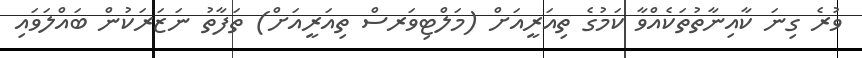
ވުރެ ގިނަ ކާއިނާތުތަކެއްވާ ކަމުގެ ތިއަރީއަށް (މަލްޓިވަރސް ތިއަރީއަށް) ތަފާތު ނަޒަރަކުން ބައްލަވައި